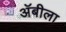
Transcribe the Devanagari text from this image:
अॅबीला